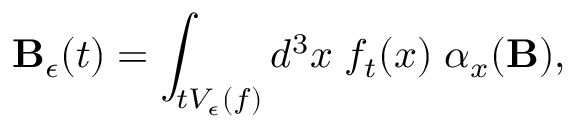
{ \bf B } _ { \epsilon } ( t ) = \int _ { t V _ { \epsilon } ( f ) } d ^ { 3 } x \; f _ { t } ( x ) \; \alpha _ { x } ( { \bf B } ) ,